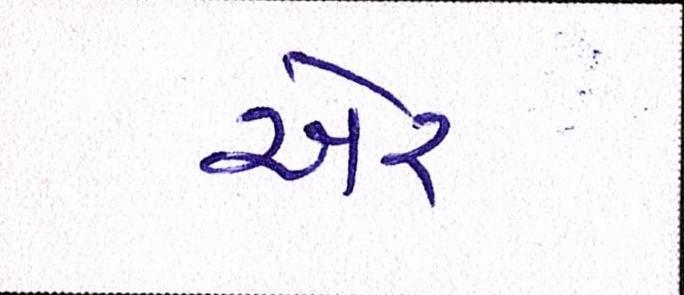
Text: ઍર